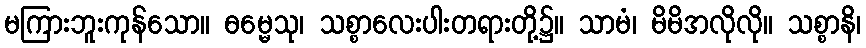
မကြားဘူးကုန်သော။ ဓမ္မေသု၊ သစ္စာလေးပါးတရားတို့၌။ သာမံ၊ မိမိအလိုလို။ သစ္စာနိ၊